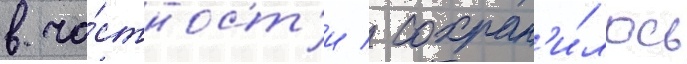
в ча́стност'и / сохран'и́лось